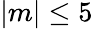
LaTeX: |m|\le 5